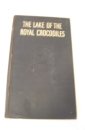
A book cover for The lake of the royal crocodiles,; Eileen Bigland; Travel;